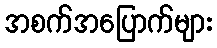
အစက်အပြောက်များ